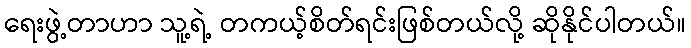
ရေးဖွဲ့တာဟာ သူ့ရဲ့ တကယ့်စိတ်ရင်းဖြစ်တယ်လို့ ဆိုနိုင်ပါတယ်။